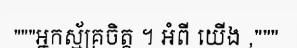
"""អ្នកស្ម័គ្រចិត្ត ។ អំពី យើង ,"""